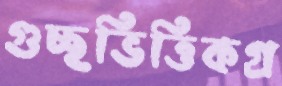
গুচ্ছভিত্তিকগ্র